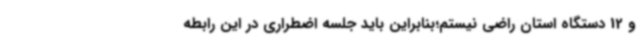
و 12 دستگاه استان راضی نیستم؛بنابراین باید جلسه اضطراری در این رابطه